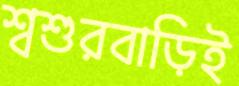
শ্বশুরবাড়িই